Report of the King Institute of Preventive Medicine, Guindy
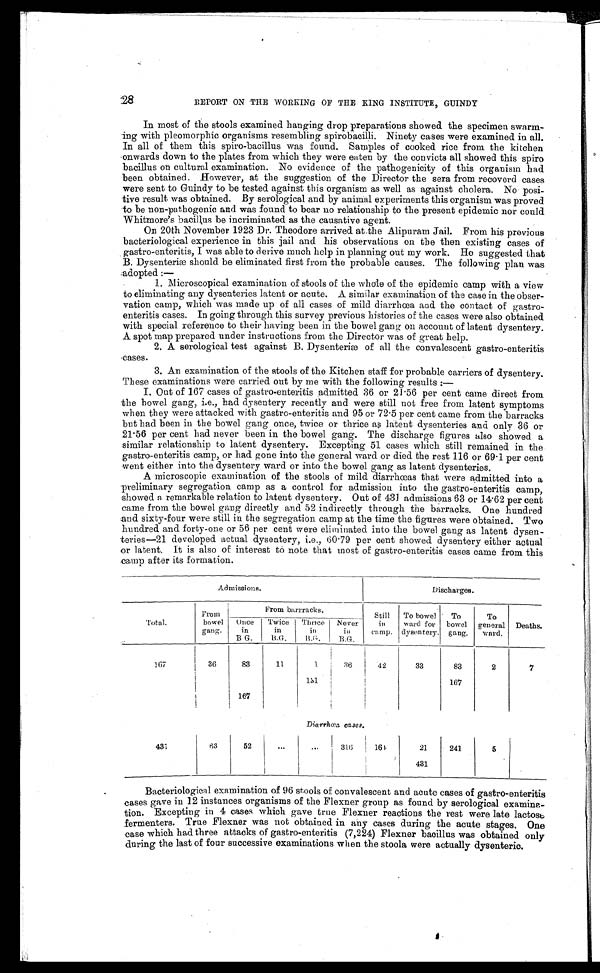
ti
28
REPORT ON THE WORKING OF THE RING INSTITUTE, GUINDY
In most of the stools examined hanging drop preparations showed the specimen swarm-
-ing with pleomorphic organisms resembling spirobacilli. Ninety cases were examined in all.
In all of them this spiro-bacillus was found. Samples of cooked rice from the kitchen
onwards down to the plates from which they were eaten by the convicts all showed this spiro
bacillus on cultural examination. No evidence of the pathogenicity of this organism had
been obtained. However, at the suggestion of the Director the sera from recoverd cases
were sent to Guindy to be tested against this organism as well as against cholera. No posi-
tive result was obtained. By serological and by animal experiments this organism was proved
to be non-pathogenic and was found to bear no relationship to the present epidemic nor could
Whitmore's bacillus be incriminated as the causative agent.
On 20th November 1923 Dr. Theodore arrived at the Alipuram From his previous
bacteriological experience in this jail and his observations on the then existing cases of
gastro-enteritis, I was able to derive much help in planning out my work. Ho suggested that
B. Dysenteric; should be eliminated first from the probable causes. The following plan was
Adopted :—
1. Microscopical examination of stools of the whole of the epidemic camp with a view
to eliminating any dysenteries latent or acute. A similar examination of the case in the obser-
vation camp, which was made up of all cases of mild diarrhoea and. the contact of gastro-
enteritis cases. In going through this survey previous histories of the cases were also obtained
with special reference to their having been in the bowel gang on account of latent dysentery.
A spot map prepared under instructions from the Director was of great help.
2. A serological test against B. Dysenterice of all the convalescent gastro-enteritis
•eases.
3. An examination of the stools of the Kitchen staff for probable carriers of dysentery.
These examinations were carried out by me with the following results :—
I. Out of 167 cases of gastro-enteritis admitted 36 or 21 . 56 per cent came direct from
the hovel gang, i.e., had dysentery recently and were still not free from latent symptoms
when they were attacked with gastro-enteritis and 95 or 72 . 5 per cent came from the barracks
but had been in the bowel gang once, twice or thrice as latent dysenteries and only 36 or
21'56 per cent had never been in the bowel gang. The discharge figures also showed a
similar relationship to latent dysentery,. Excepting 51 cases which still remained in the
gastro-enteritis camp, or had gone into the general ward or died the rest 116 or 69 . 1 per cent
went either into the dysentery ward or into the bowel gang as latent dysenteries.
A microscopic examination of the stools of mild diarrhceas that were admitted into a
-preliminary segregation camp as a control for admission into the gastro-enteritis camp,
:showed a remarkable relation to latent dysentery. Out of 431 admissions 63 or 14'62 per cent
came from the bowel gang directly and 52 indirectly through the barracks. One hundred
and sixty-four were still in the segregation camp at the time the figures were obtained. Two
hundred and forty-one or 56 per cent were eliminated into the bowel gang as latent dysen-
teries-21 developed actual dysentery, i.e., (50 . 79 per cent showed dysentery either actual
or latent. It is also of interest to note that most of gastro-enteritis cases came from this
camp after its formation.
Admissions.
Discharges.
To bowel
ward for
dysentery.
Deaths.
From
Total.
bowel
gang.
From barrracks.
Still
Once
Twice Timer Never
in
in
in
in
C0 nip.
B G.
B.G.
• To
To
bowel general
sang.
ward.
167
36
33
7
83
11
1.
26
42
1S1
167
83
2
167
Dio,rrho2a cases.
431
63
1
...
52...
' 316
161.
21
431
241
5
Bacteriological examination of 96 stools of convalescent and acute cases of gastro-enteritis
cases gave in 12 instances organisms of the Flexner group as found by serological examina-
tion. Excepting in 4 cases which gave true Flexuer reactions the rest were late lactose
fermenters. True Flexner was not obtained in any cases during the acute stages. One
case which had three attacks of gastro-enteritis (7,224) Flexner bacillus was obtained only
during the last of four successive examinations when the stoola were actually dysenteric.